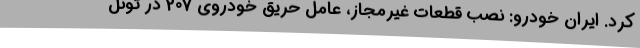
کرد. ایران خودرو: نصب قطعات غیرمجاز، عامل حریق خودروی 207 در تونل